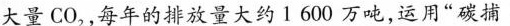
大量CO_{2}，每年的排放量大约1600万吨，运用”碳捕